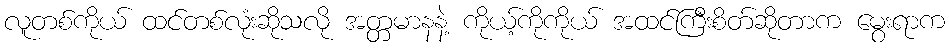
လူတစ်ကိုယ် ထင်တစ်လုံးဆိုသလို အတ္တမာနနဲ့ ကိုယ့်ကိုကိုယ် အထင်ကြီးစိတ်ဆိုတာက မွေးရာက